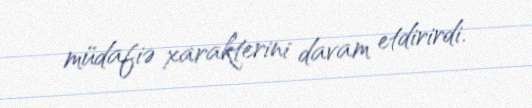
müdafiə xarakterini davam etdirirdi.